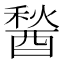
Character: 醔